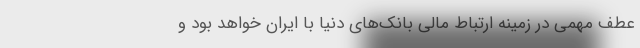
عطف مهمی در زمینه ارتباط مالی بانک‌های دنیا با ایران خواهد بود و